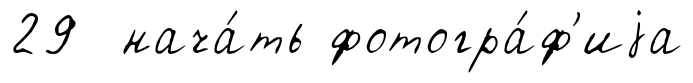
29 нача́ть фотогра́ф'иjа